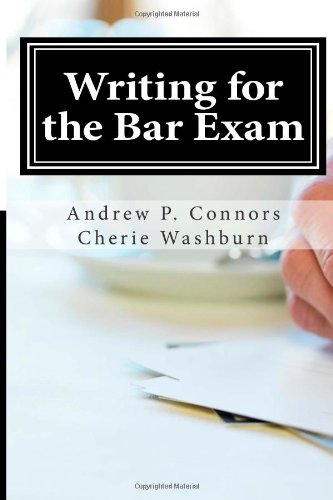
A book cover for Writing for the Bar Exam; Andrew P. Connors; Test Preparation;